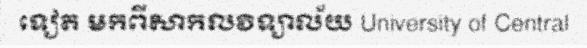
ទៀត មកពីសាកលវិទ្យាល័យ University of Central